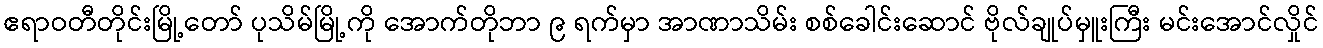
ဧရာဝတီတိုင်းမြို့တော် ပုသိမ်မြို့ကို အောက်တိုဘာ ၉ ရက်မှာ အာဏာသိမ်း စစ်ခေါင်းဆောင် ဗိုလ်ချုပ်မှူးကြီး မင်းအောင်လှိုင်